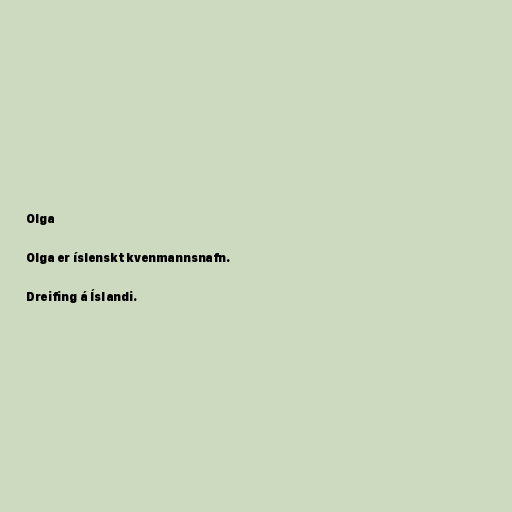
Olga

Olga er íslenskt kvenmannsnafn.

Dreifing á Íslandi.